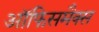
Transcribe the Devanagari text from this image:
ऑफिसमैक्स